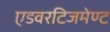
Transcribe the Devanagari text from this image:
एडवरटिजमेण्ट